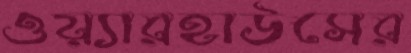
ওয়্যারহাউসের